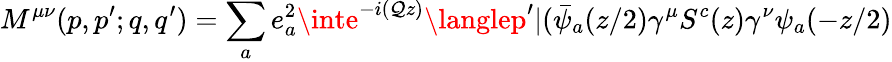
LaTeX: M^{\mu\nu}(p,p^{\prime};q,q^{\prime})=\sum_{a}e_{a}^{2}\inte^{-i(\mathcal{Q}z)}\langlep^{\prime}|(\bar{{\psi}}_{a}(z/2)\gamma^{\mu}S^{c}(z)\gamma^{\nu}\psi_{a}(-z/2)